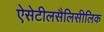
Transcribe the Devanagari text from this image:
ऐसेटीलसैलिसीलिक